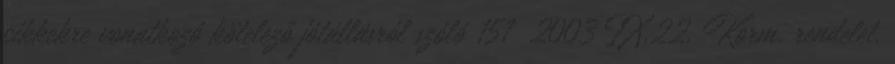
cikkekre vonatkozó kötelező jótállásról szóló 151 2003 IX.22. Korm. rendelet.